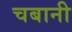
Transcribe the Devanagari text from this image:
चबानी